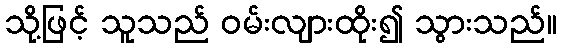
သို့ဖြင့် သူသည် ဝမ်းလျားထိုး၍ သွားသည်။